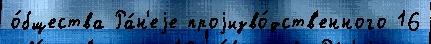
о́бщества Ра́н'еjе проjизво́дств'енного 16